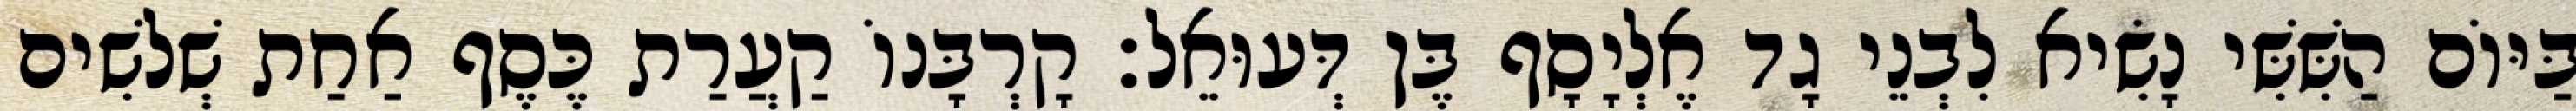
בַּיּוֹם הַשִּׁשִּׁי נָשִׂיא לִבְנֵי גָד אֶלְיָסָף בֶּן דְּעוּאֵל׃ קָרְבָּנוֹ קַעֲרַת כֶּסֶף אַחַת שְׁלשִׁים